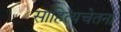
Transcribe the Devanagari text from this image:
साहित्यचेतना